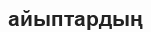
айыптардың